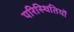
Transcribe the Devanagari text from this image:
परिस्‍िथतियों